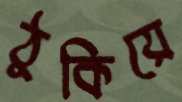
ঠুকিয়ে